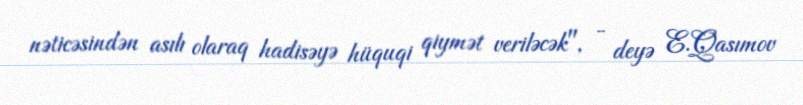
nəticəsindən asılı olaraq hadisəyə hüquqi qiymət veriləcək", - deyə E.Qasımov